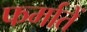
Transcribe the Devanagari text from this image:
फर्मातें